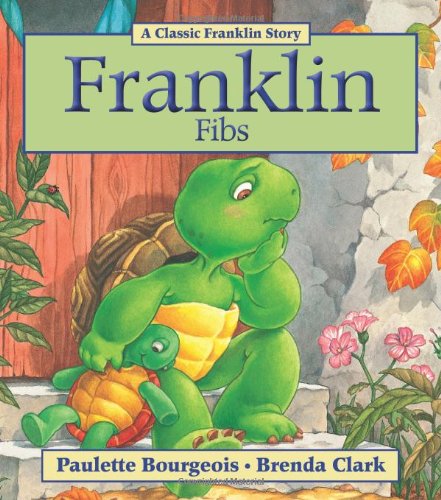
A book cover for Franklin Fibs; Paulette Bourgeois; Children's Books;